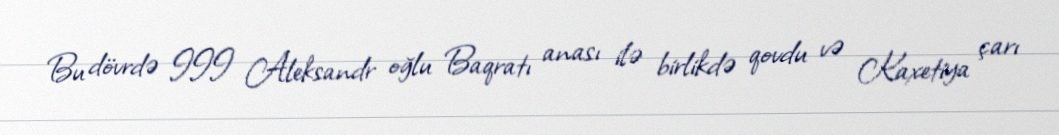
Bu dövrdə III Aleksandr oğlu Baqratı anası ilə birlikdə qovdu və Kaxetiya çarı